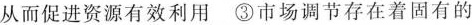
从而促进资源有效利用③市场调节存在着固有的